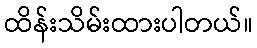
ထိန်းသိမ်းထားပါတယ်။